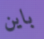
باين